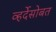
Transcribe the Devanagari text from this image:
व्हर्देसोबत